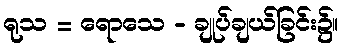
ရုသ = ရောသေ - ချုပ်ချယ်ခြင်း၌။